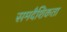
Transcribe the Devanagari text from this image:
समदैशिकता